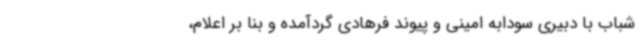
شباب با دبیری سودابه امینی و پیوند فرهادی گردآمده و بنا بر اعلام،